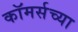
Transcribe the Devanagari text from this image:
कॉमर्सच्या